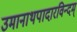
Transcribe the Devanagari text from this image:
उमानाथपादारविन्दम्